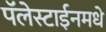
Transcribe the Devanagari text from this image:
पॅलेस्टाईनमधे